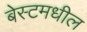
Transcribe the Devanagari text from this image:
बेस्टमधील